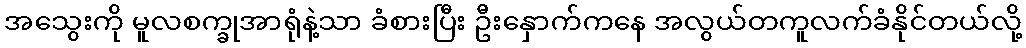
အသွေးကို မူလစက္ခုအာရုံနဲ့သာ ခံစားပြီး ဦးနှောက်ကနေ အလွယ်တကူလက်ခံနိုင်တယ်လို့